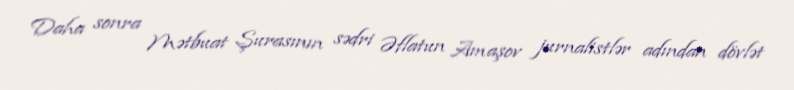
Daha sonra Mətbuat Şurasının sədri Əflatun Amaşov jurnalistlər adından dövlət